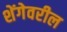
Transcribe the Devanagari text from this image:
शेंगेवरील